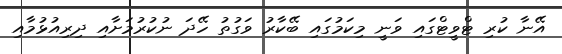
އޭނާ ކުރި ޓްވީޓްގައި ވަނީ މިކަމުގައި ބޭކާރު ވަގުތު ހޭދަ ނުކުރުމަށާއި ދިރިއުޅުމާއި